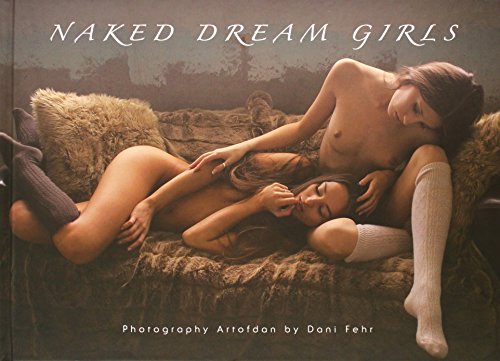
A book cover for Naked Dream Girls (German Edition); Dani Fehr; Arts & Photography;